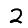
Digit: 2